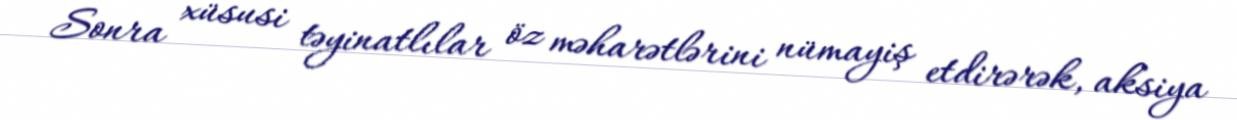
Sonra xüsusi təyinatlılar öz məharətlərini nümayiş etdirərək, aksiya